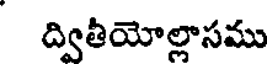
ద్వితీయోల్లాసము